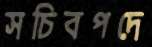
সচিবপদে